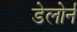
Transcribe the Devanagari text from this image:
डेलोर्न